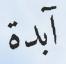
آبدة